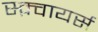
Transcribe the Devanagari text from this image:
स्क़्वायर्स